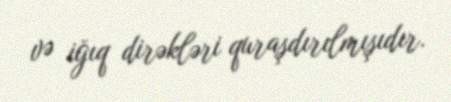
və iğıq dirəkləri quraşdırılmışıdır.